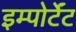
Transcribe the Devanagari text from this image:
इम्पोर्टेंट